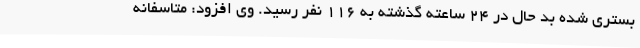
بستری شده بد حال در 24 ساعته گذشته به 116 نفر رسید. وی افزود: متاسفانه